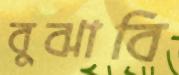
বুঝাবি